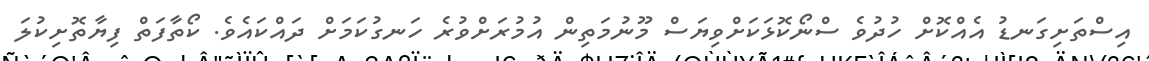
އިސްތަށިގަނޑު އެއްކޮށް ހުދުވެ ސްނޯކޮޅަކަށްވިޔަސް މޫނުމަތިން އުމުރަށްވުރެ ހަނގުކަމަށް ދައްކައެވެ. ކޯތާފަތް ފިޔާތޮށިކުލަ